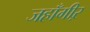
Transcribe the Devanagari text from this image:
जहाँगीऱ